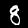
Digit: 8